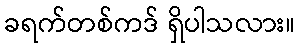
ခရက်တစ်ကဒ် ရှိပါသလား။